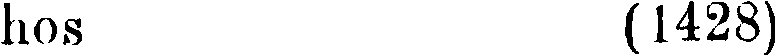
hos (1428)